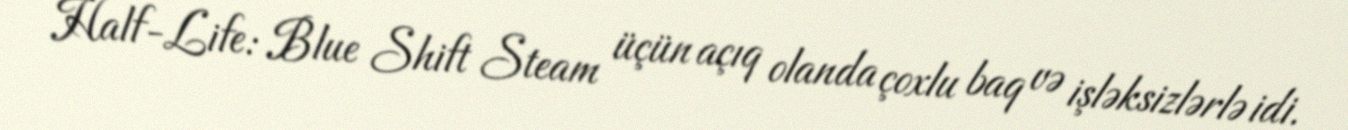
Half-Life: Blue Shift Steam üçün açıq olanda çoxlu baq və işləksizlərlə idi.